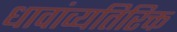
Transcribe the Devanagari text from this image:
धावांव्यतिरिक्त